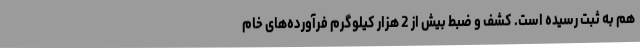
هم به ثبت رسیده است. کشف و ضبط بیش از 2 هزار کیلوگرم فرآورده‌های خام